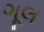
ગૂલ